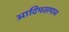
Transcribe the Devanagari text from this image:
आदिमसमाज